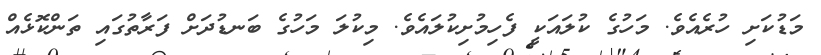
މަޑުކަށި ހުރެއެވެ. މަހުގެ ކުލައަކީ ފެހިމުށިކުލައެވެ. މިކުލަ މަހުގެ ބަނޑުދަށް ފަރާތުގައި ތަންކޮޅެއް